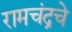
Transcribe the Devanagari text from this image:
रामचंद्रचे